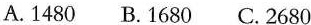
A.1480 B.1680 C.2680